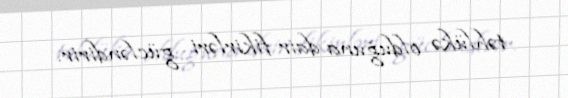
təhlükə olduğuna dair fikirləri gücləndirir.